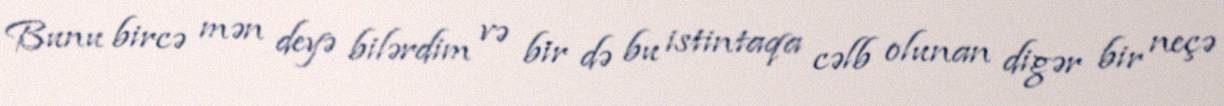
Bunu bircə mən deyə bilərdim və bir də bu istintaqa cəlb olunan digər bir neçə